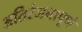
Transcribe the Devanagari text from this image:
अतिरंजनापूर्ण